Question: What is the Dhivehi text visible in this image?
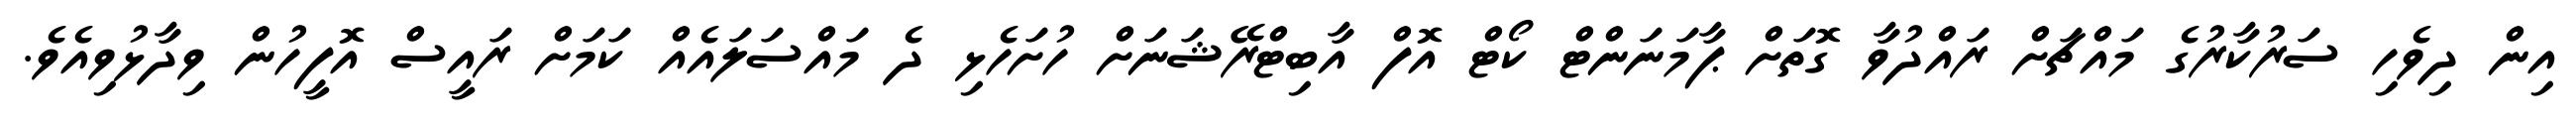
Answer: އިން ދިވެހި ސަރުކާރުގެ މައްޗަށް ރައްދުވާ ގޮތަށް ޕާމަނަންޓް ކޯޓް އޮފް އާބިޓްރޭޝަނަށް ހުށަހެޅި ދެ މައްސަލައެއް ކަމަށް ރައީސް އޮފީހުން ވިދާޅުވިއެވެ.